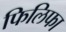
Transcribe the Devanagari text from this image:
फिलिफा